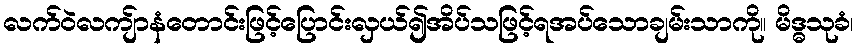
လက်ဝဲလကျ်ာနံတောင်းဖြင့်ပြောင်းလှယ်၍အိပ်သဖြင့်ရအပ်သောချမ်းသာကို။ မိဒ္ဓသုခံ၊